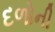
દળોની